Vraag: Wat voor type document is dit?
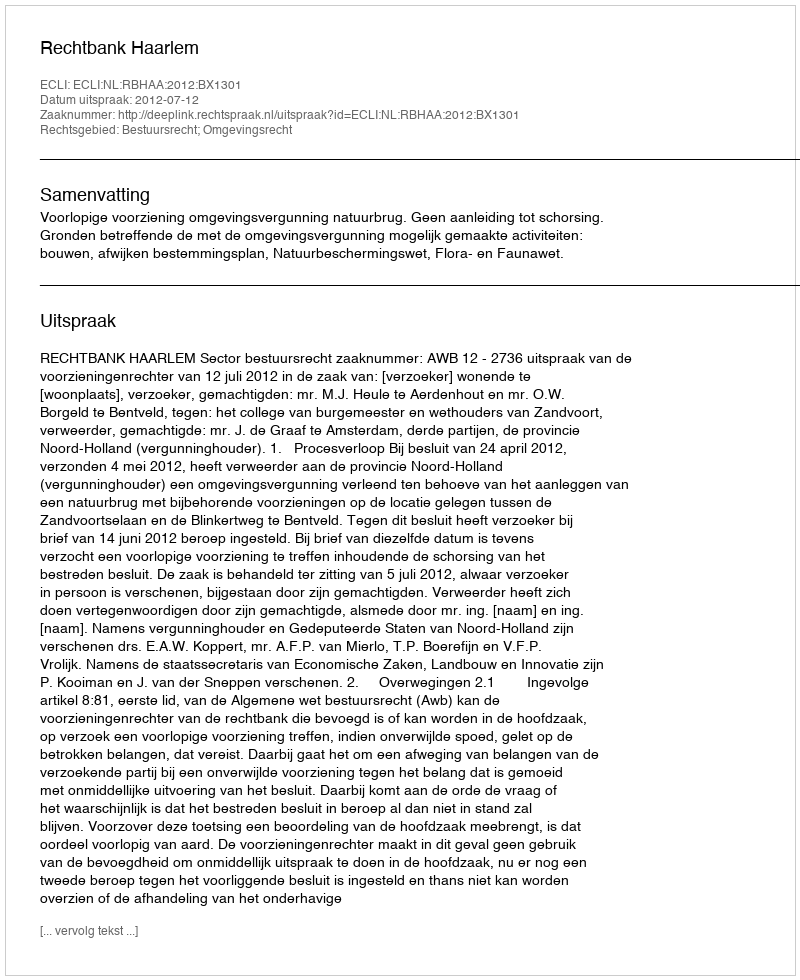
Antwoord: Uitspraak